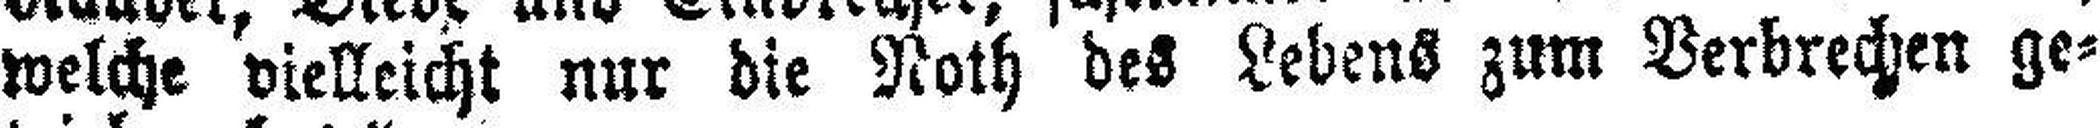
welche vielleicht nur die Roth des Lebens zum Verbrechen ge¬